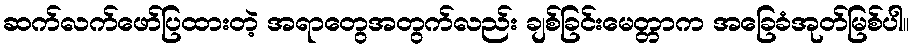
ဆက်လက်ဖော်ပြထားတဲ့ အရာတွေအတွက်လည်း ချစ်ခြင်းမေတ္တာက အခြေခံအုတ်မြစ်ပါ။